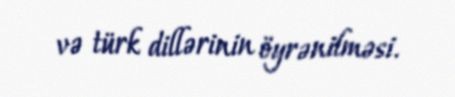
və türk dillərinin öyrənilməsi.